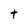
Character: t